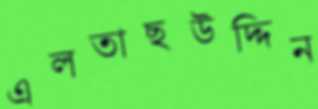
এলতাছউদ্দিন